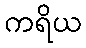
ကရိယ